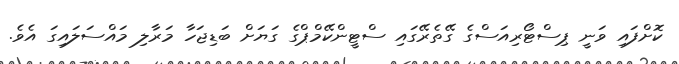
ކޮށްފައި ވަނީ ޕިސްޓޯރިއަސްގެ ގޭތެރޭގައި ސްޓީންކޭމްޕްގެ ގަޔަށް ބަޑިޖަހާ މަރާލި މައްސަލައިގަ އެވެ.